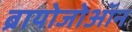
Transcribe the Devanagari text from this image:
ब्रायोजोऑन